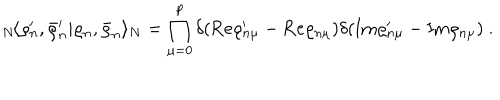
{ } _ { N } \! \langle \varrho _ { n } ^ { \prime } , \bar { \varrho } _ { n } ^ { \prime } | \varrho _ { n } , \bar { \varrho } _ { n } \rangle _ { N } = \prod _ { \mu = 0 } ^ { p } \delta ( \mathrm { R e } \varrho _ { n \mu } ^ { \prime } - \mathrm { R e } \varrho _ { n \mu } ) \delta ( \mathrm { I m } \varrho _ { n \mu } ^ { \prime } - \mathrm { I m } \varrho _ { n \mu } ) ~ .